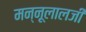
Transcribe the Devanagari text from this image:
मन्नूलालजी